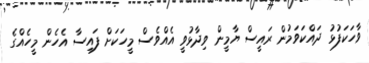
ވާހަކަފުޅު ދައްކަވަމުން ރައީސް ޔާމީން ވިދާޅުވީ އެއްވެސް މީހަކަށް ފައިސާ އެހެން މީހެއްގެ